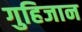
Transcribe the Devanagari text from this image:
गुहिजान